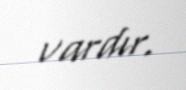
vardır.